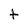
Character: t